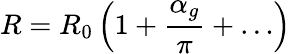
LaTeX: R=R_{0}\left(1+{\frac{\alpha_{g}}{\pi}}+\dots\right)